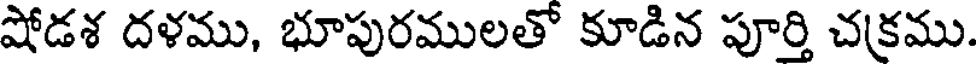
షోడశ దళము, భూపురములతో కూడిన పూర్తి చక్రము.